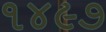
૧૪૯૭